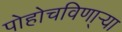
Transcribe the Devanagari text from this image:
पोहोचविणा्र्‍या